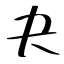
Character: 夬